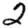
Digit: 2